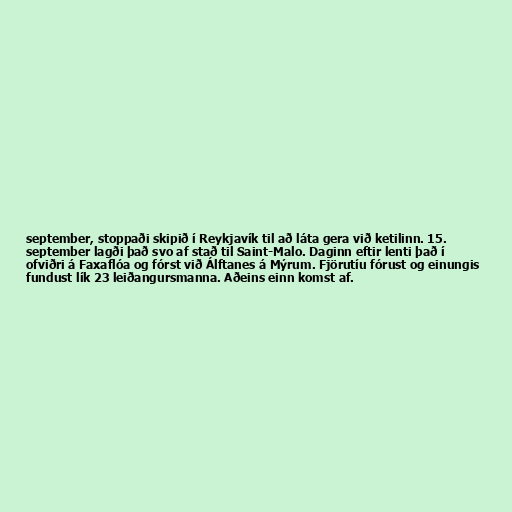
september, stoppaði skipið í Reykjavík til að láta gera við ketilinn. 15.
september lagði það svo af stað til Saint-Malo. Daginn eftir lenti það í
ofviðri á Faxaflóa og fórst við Álftanes á Mýrum. Fjörutíu fórust og einungis
fundust lík 23 leiðangursmanna. Aðeins einn komst af.